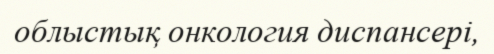
облыстық онкология диспансері,